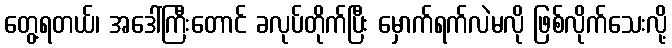
တွေ့ရတယ်၊ အဒေါ်ကြီးတောင် ခလုပ်တိုက်ပြီး မှောက်ရက်လဲမလို ဖြစ်လိုက်သေးလို့